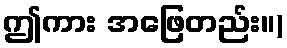
ဤကား အဖြေတည်း။)